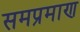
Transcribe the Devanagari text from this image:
समप्रमाण